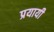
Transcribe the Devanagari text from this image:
प्रयायी